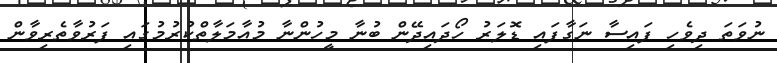
ނުވަތަ ދިވެހި ފައިސާ ނަގާފައި ޑޮލަރު ހޯދައިދޭން ބުނާ މީހުންނާ މުއާމަލާތްކުރުމުގައި ފަރުވާތެރިވާން